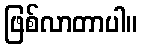
ဖြစ်လာတာပါ။